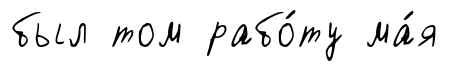
был том рабо́ту ма́я